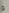
و